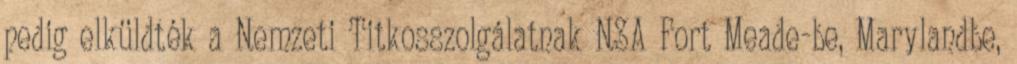
pedig elküldték a Nemzeti Titkosszolgálatnak NSA Fort Meade-be, Marylandbe,